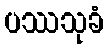
ပဿသုခံ